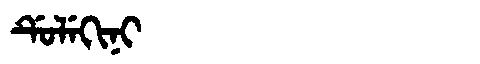
Manchu: ᡩᡠᠯᡝᡴᡳᠨᡳ
Romanization: DULEKINI